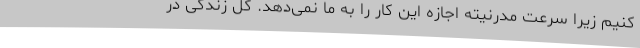
کنیم زیرا سرعت مدرنیته اجازه این کار را به ما نمی‌دهد. کل زندگی در